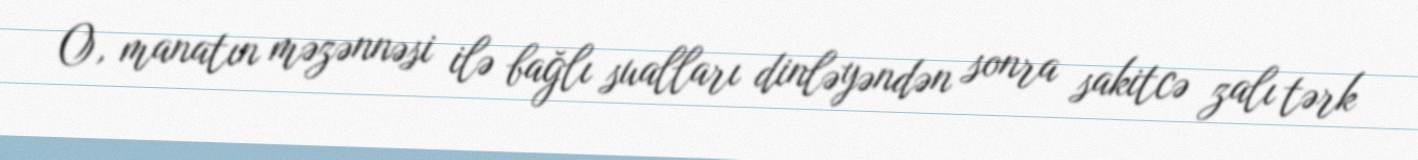
O, manatın məzənnəsi ilə bağlı sualları dinləyəndən sonra sakitcə zalı tərk